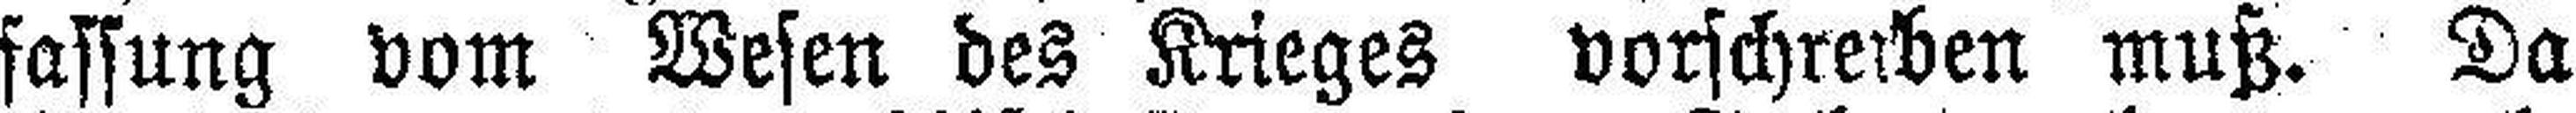
fassung vom Wesen des Krieges vorschretben muß. Da